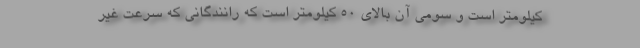
کیلومتر است و سومی آن بالای ۵۰ کیلومتر است که رانندگانی که سرعت غیر